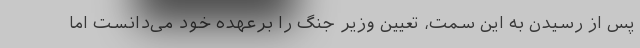
پس از رسیدن به این سمت، تعیین وزیر جنگ را برعهده خود می‌دانست اما